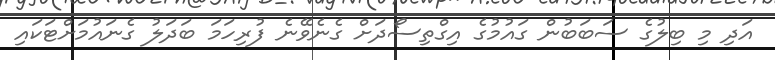
އަދި މި ބިލުގެ ސަބަބުން ގައުމުގެ އިގްތިސޯދަށް ގެނެވޭނެ ފުރިހަމަ ބަދަލު ގެނައުމަށްޓަކައި